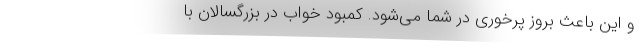
و این باعث بروز پُرخوری در شما می‌شود. کمبود خواب در بزرگسالان با